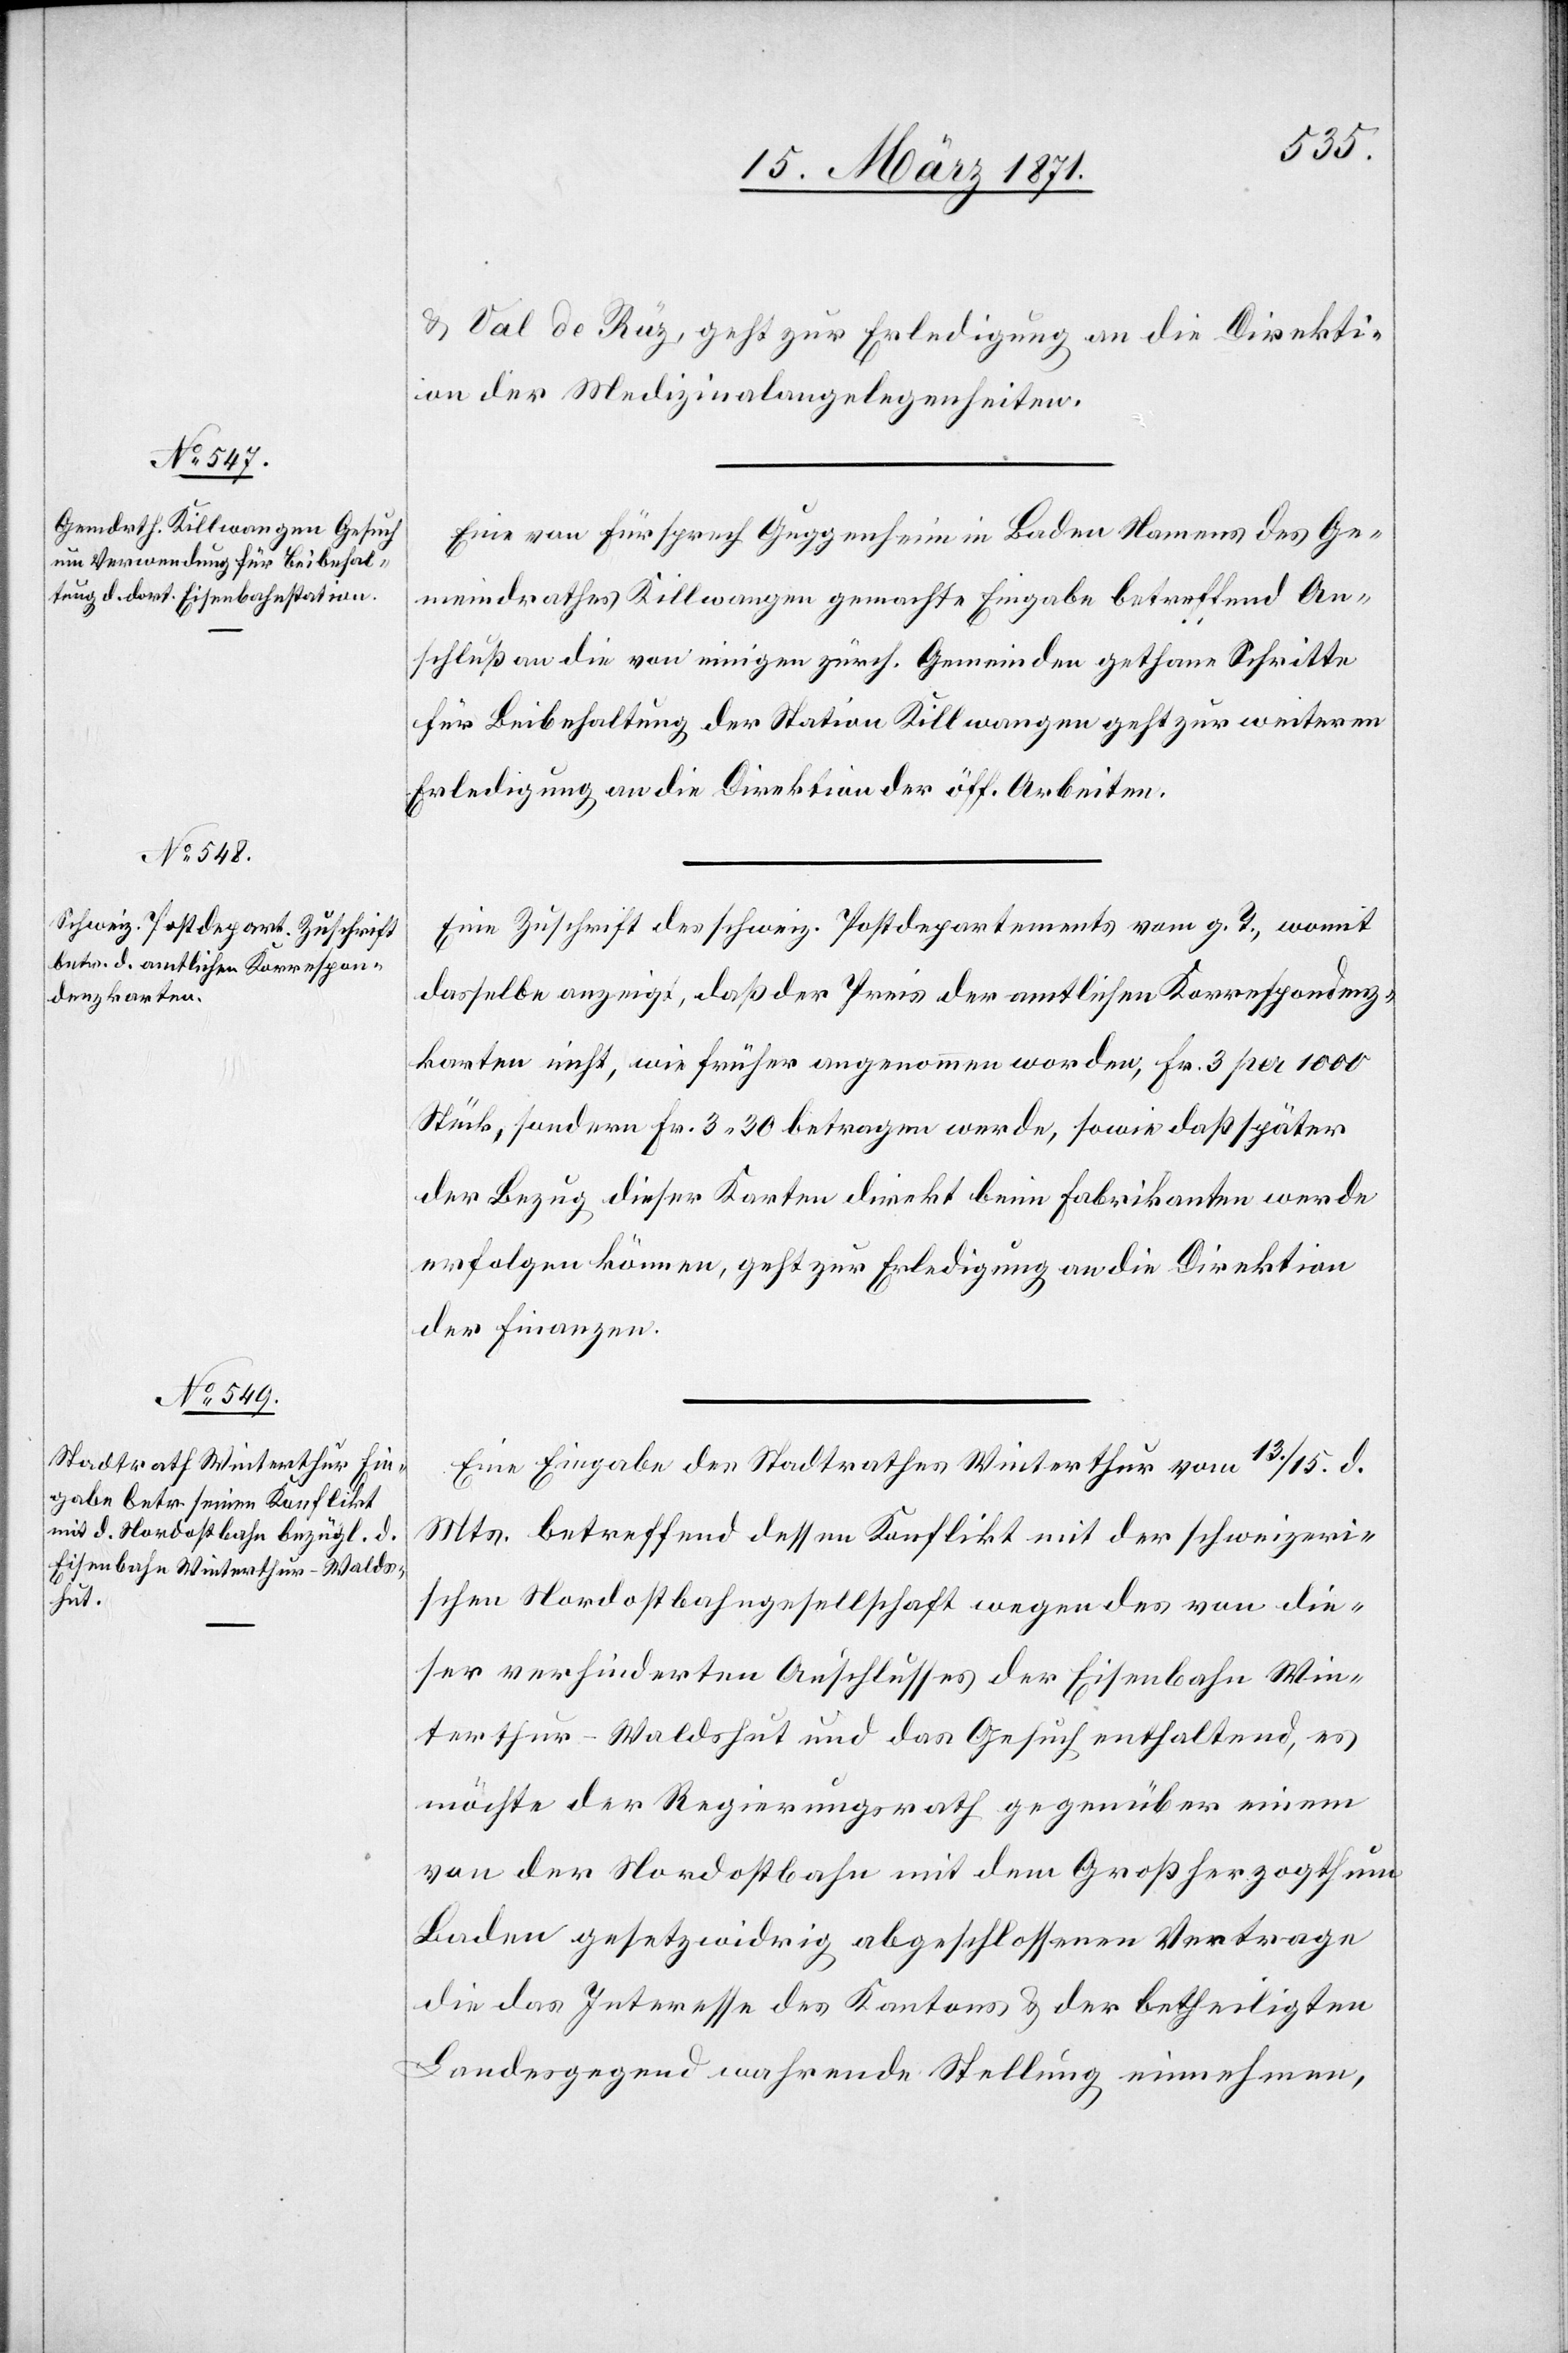
15. März 1871.]
u. Val de Ruz, geht zur Erledigung an die Direkti¬
on der Medizinalangelegenheiten.
Eine von Fürsprech Guggenheim in Baden Namens des Ge¬
meindrathes Killwangen gemachte Eingabe betreffend An¬
schluß an die von einigen zürch. Gemeinden gethane Schritte
für Beibehaltung der Station Killwangen geht zur weiteren
Erledigung an die Direktion der öff. Arbeiten.
Eine Zuschrift des schweiz. Postdepartements vom g. T., womit
dasselbe anzeigt, daß der Preis der amtlichen Korrespondenz¬
karten nicht, wie früher angenommen worden, Fr. 3 per 1000
Stück, sondern Fr. 3.30 betragen werde, sowie daß später
der Bezug dieser Karten direkt beim Fabrikanten werde
erfolgen können, geht zur Erledigung an die Direktion
der Finanzen.
Eine Eingabe des Stadtrathes Winterthur vom 13./15. d.
Mts. betreffend dessen Konflikt mit der schweizeri¬
schen Nordostbahngesellschaft wegen des von die¬
ser verhinderten Aufschlusses der Eisenbahn Win¬
terthur-Waldshut und das Gesuch enthaltend, es
möchte der Regierungsrath gegenüber einem
von der Nordostbahn mit dem Großherzogthum
Baden gesetzwidrig abgeschlossenen Vertrage
die das Interesse des Kantons u. der betheiligten
Landesgegend wahrende Stellung einnehmen,